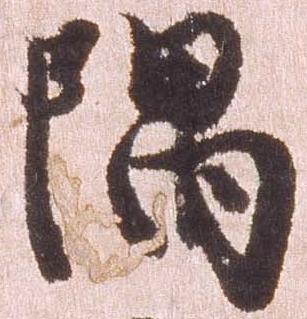
隈